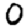
Digit: 0